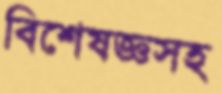
বিশেষজ্ঞসহ